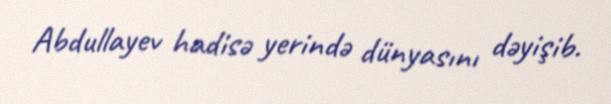
Abdullayev hadisə yerində dünyasını dəyişib.